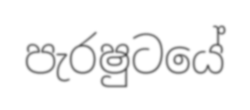
පැරෂුටයේ